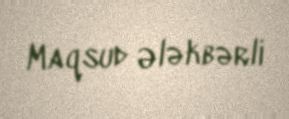
Maqsud Ələkbərli